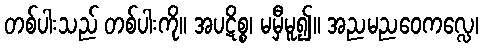
တစ်ပါးသည် တစ်ပါးကို။ အပဋိစ္စ၊ မမှီမူ၍။ အညမညဝေကလ္လေ၊